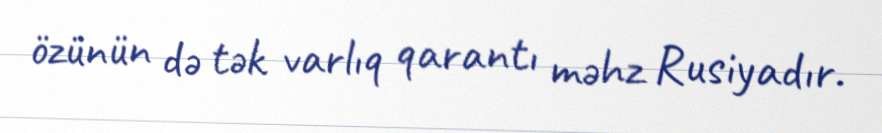
özünün də tək varlıq qarantı məhz Rusiyadır.